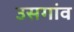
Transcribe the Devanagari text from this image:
उसगांव